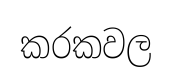
කරකවල